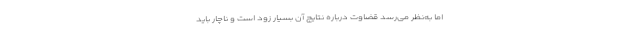
اما به‌نظر می‌رسد قضاوت درباره نتایج آن بسیار زود است و ناچار باید